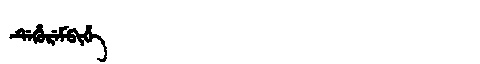
Manchu: ᡩᡝᡥᡠᡵᡝᠮᠪᡳᡥᡝ
Romanization: DEHUREMBIHE